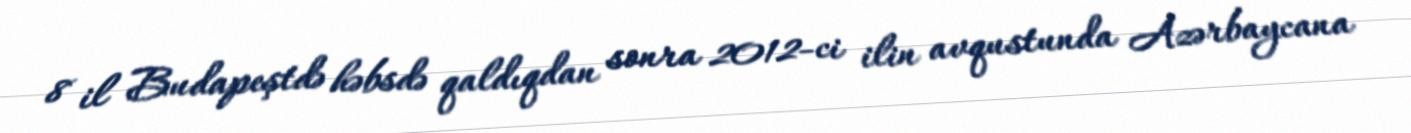
8 il Budapeştdə həbsdə qaldıqdan sonra 2012-ci ilin avqustunda Azərbaycana